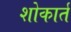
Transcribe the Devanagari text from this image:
शोकार्त